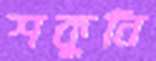
শকুনি